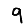
Digit: 9